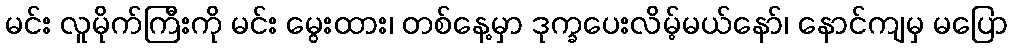
မင်း လူမိုက်ကြီးကို မင်း မွေးထား၊ တစ်နေ့မှာ ဒုက္ခပေးလိမ့်မယ်နော်၊ နောင်ကျမှ မပြော